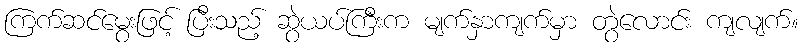
ကြက်ဆင်မွေးဖြင့် ပြီးသည့် ဆွဲယပ်ကြီးက မျက်နှာကျက်မှာ တွဲလောင်း ကျလျက်။